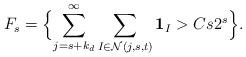
LaTeX: \begin{align*}F_s = \Bigl\{\sum_{j = s+k_d} ^{\infty } \sum_{I\in \mathcal N (j,s,t)} \mathbf 1_{I} > C s 2 ^{s} \Bigr\}. \end{align*}